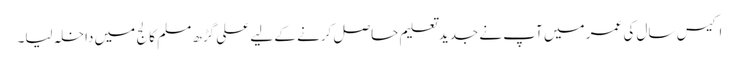
اکیس سال کی عمر میں آپ نے جدید تعلیم حاصل کرنے کے لیے علی گڑھ مسلم کالج میں داخلہ لیا۔